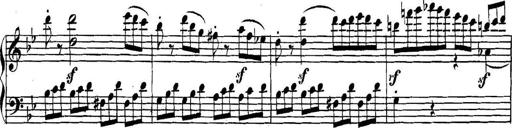
Title: Collected Piano Sonatas
Composer: Muzio Clementi